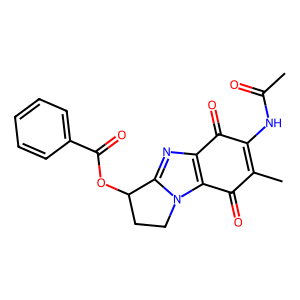
SMILES: CC(=O)NC1=C(C)C(=O)c2c(nc3n2CCC3OC(=O)c2ccccc2)C1=O
Inhibits HIV replication: No